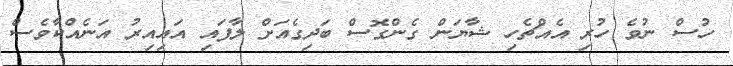
ހުސް ނުވެ ހުރި އެއްޗެހި ޝާޔަން ގެންގޮސް ބަދިގެއަށް ލާފައި އައިއިރު އަނެއްކާވެސް